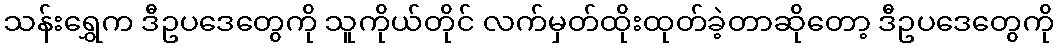
သန်းရွှေက ဒီဥပဒေတွေကို သူကိုယ်တိုင် လက်မှတ်ထိုးထုတ်ခဲ့တာဆိုတော့ ဒီဥပဒေတွေကို